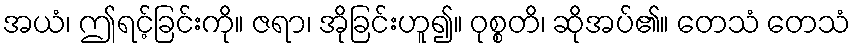
အယံ၊ ဤရင့်ခြင်းကို။ ဇရာ၊ အိုခြင်းဟူ၍။ ဝုစ္စတိ၊ ဆိုအပ်၏။ တေသံ တေသံ